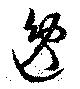
逸